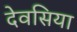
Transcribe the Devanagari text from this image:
देवसिया